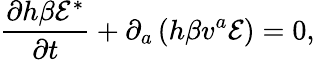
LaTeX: \displaystyle\frac{\partial h\beta{\cal E}^{*}}{\partial t}+\partial_{a}\left(h\beta v^{a}{\cal E}\right)=0,